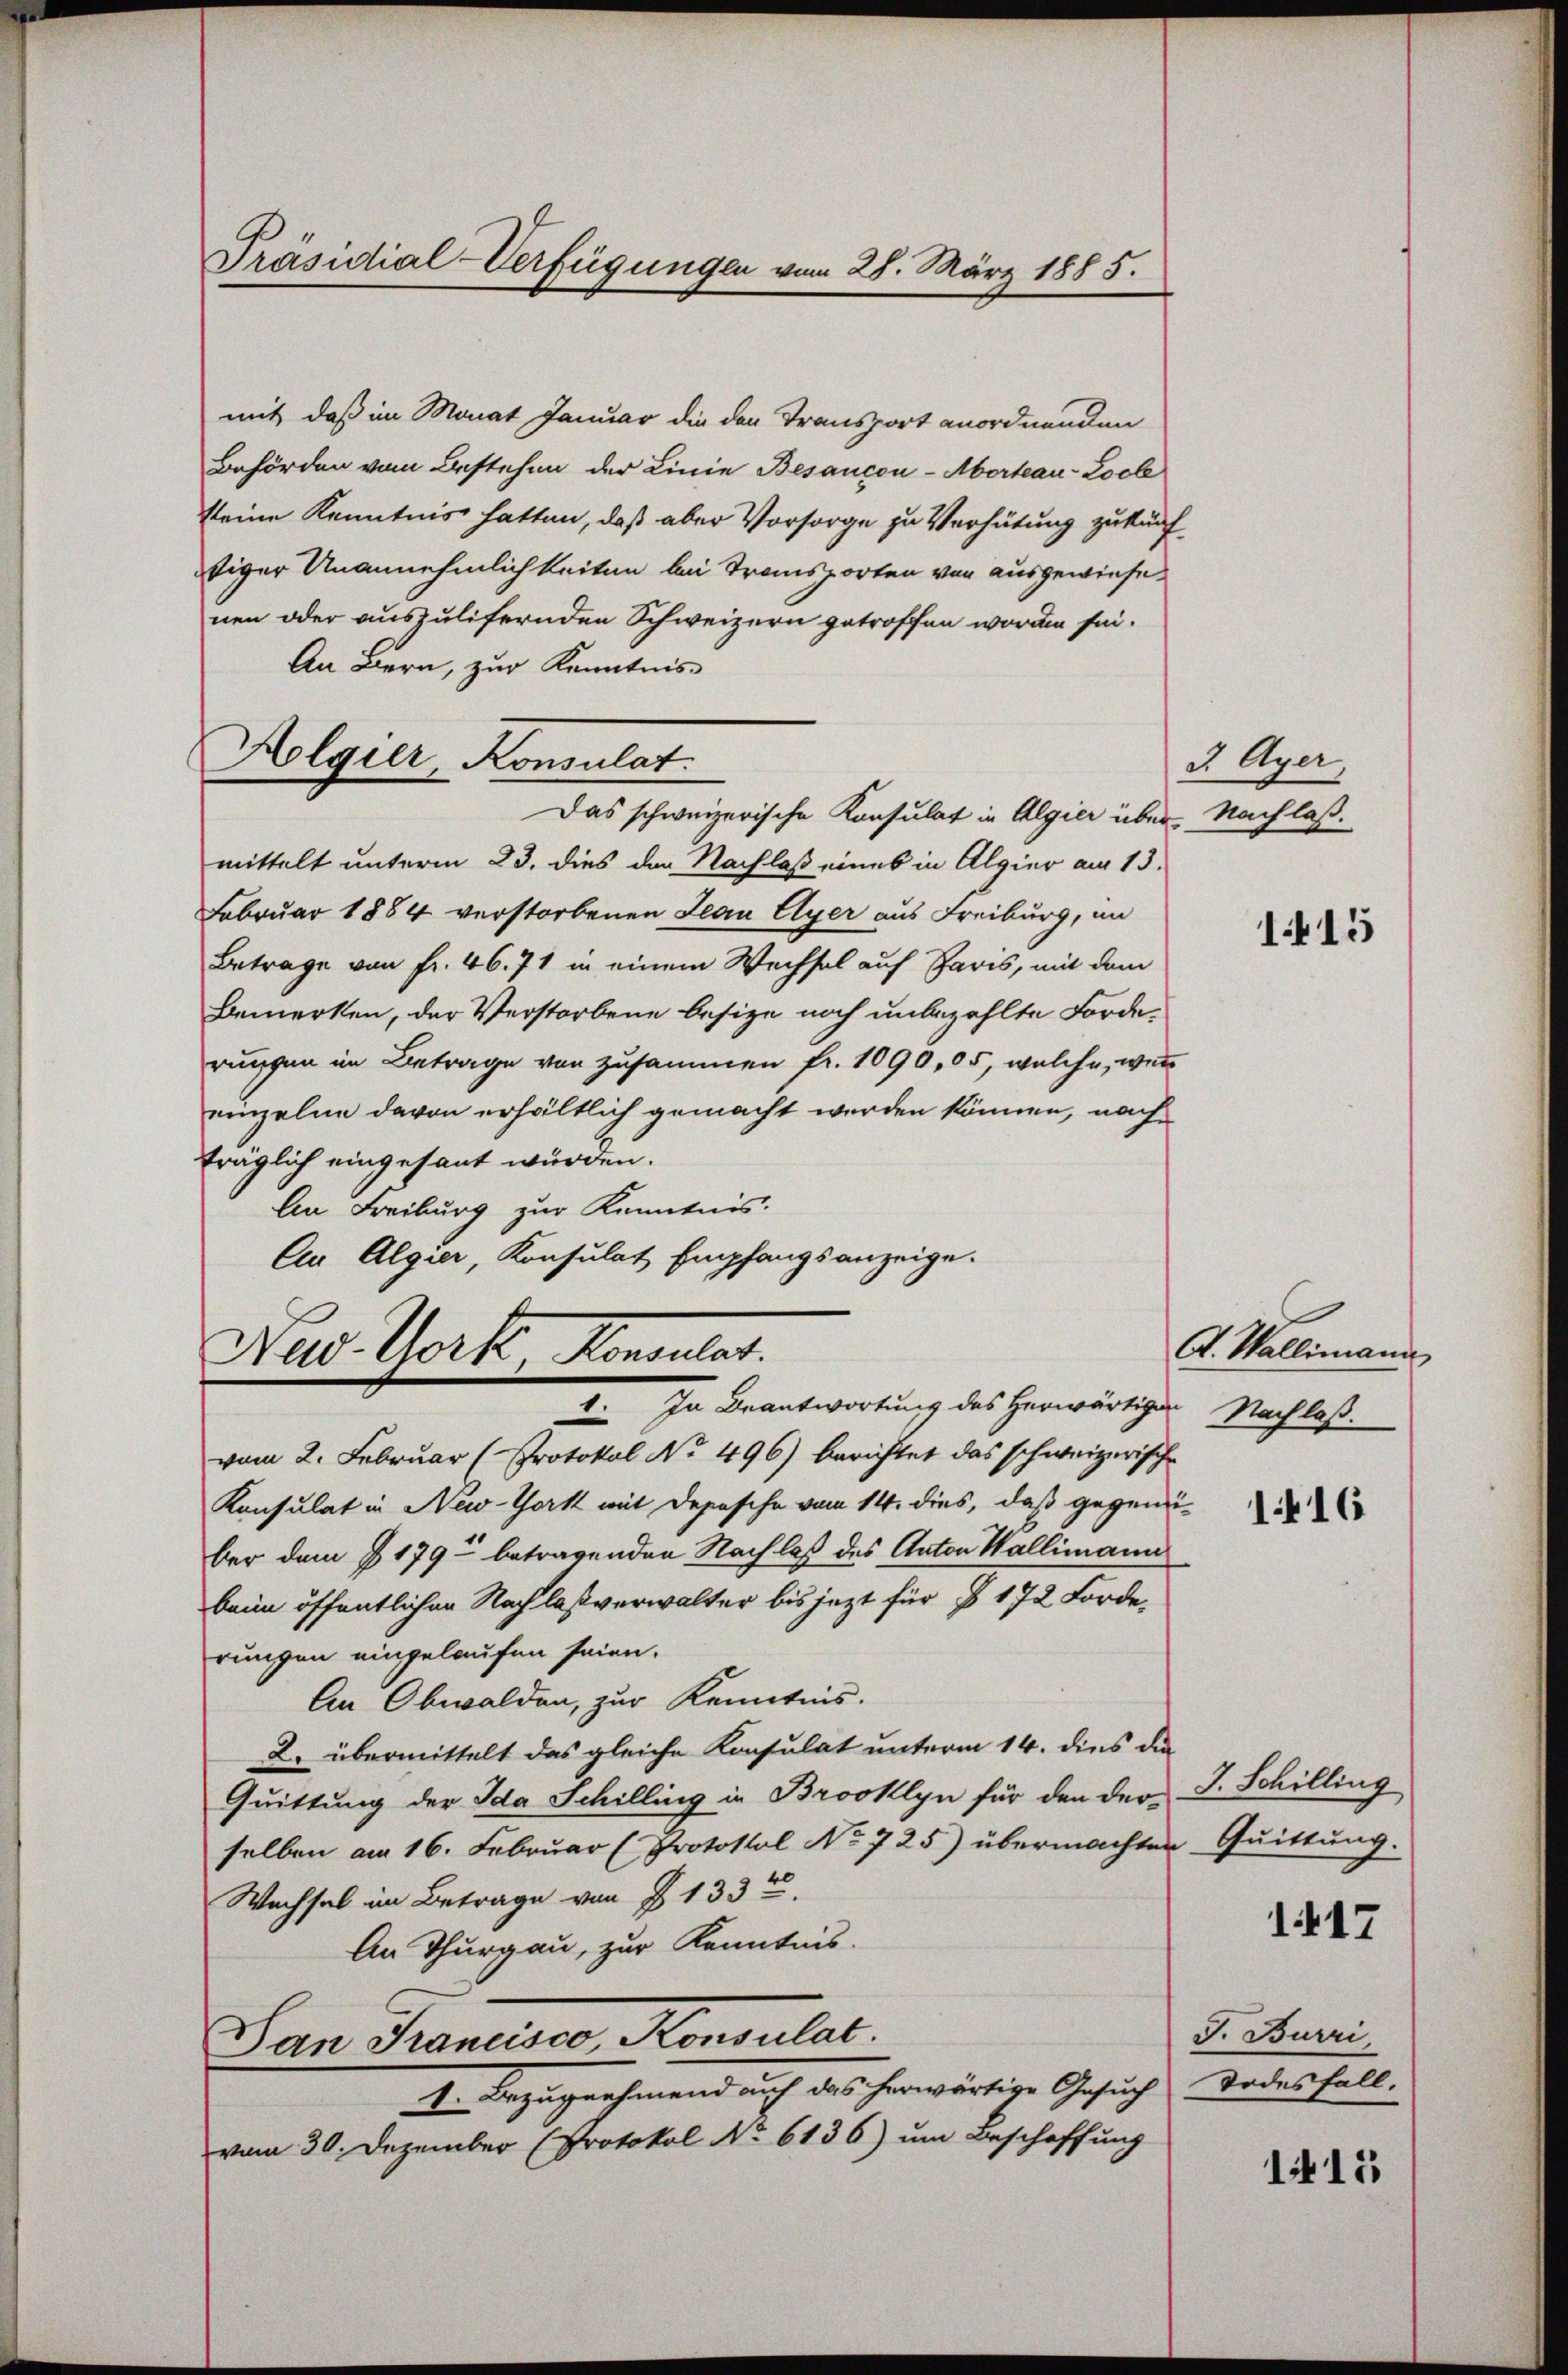
Präsidial-Verfügungen vom 28. März 1885.

mit daß im Monat Januar die den Transport anordnenden
Behörden vom Bestehen der Linie Besancon-Aborteau-Locl
keine Kenntnis hatten, daß aber Vorsorge zu Verhütung zukünfsiger Unannehmlichkeiten bei Transporten von ausgewiesenen oder auszulifernden Schweizern getroffen worden sei.
An Bern, zur Kenntnis
Das schweizerische Konsulat in Algier über Nachlaßmittelt unterm 23. dies den Nachlaß eines in Algier am 13.
Februar 1884 verstorbenen Jean Cyer aus Freiburg, im
Betrage von Fr. 46. 71 in einem Wechsel auf Paris, mit dem
Bemerken, der Verstorbene besize noch unbezahlte Forderungen im Betrage von zusammen fr. 1090,05, welche, wenn
einzelne davon erhältlich gemacht werden können, nach
träglich eingesant würden.
An Freiburg zur Kenntnis.
An Algier, Konsulat Empfangsanzeige.
Nas Worte Konsulat
I. In Beantwortung des Herwärtigen Nachlaßvom 2. Februar (Protokol No 496) berichtet das schweizerische
Konsulat in New-York mit Depesche vom 14. dies, daß gegenüber dem § 179 - betragenden Nachlaß des Anton Wallimann
beim öffentlichen Nachlaßverwalter bis jezt für § 172 Forderungen eingelaufen seien.
An Obwalden, zur Kenntnis.
D. übermittelt das gleiche Konsulat unterm 14. dies die
Quittung der Ida Schilling in Brooklyn für den der-
selben am 16. Februar (Protokol No 725) übermachten
Wachsel im Betrage von § 133t
An Thurgau, zur Kenntnis.
Tan Francisco, Konsulat.
I. Bezugnahmend auf das herwärtige Gesuch
vom 30. Dezember (Protokol No 6136) um Beschaffung

Aolgier, Konsulat

J. Ayer,

115

A. Wallimann

1416

J. Schilling
Quittung.

1417

J. Burri
Todesfall.

1415